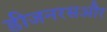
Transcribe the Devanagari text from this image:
डीजनरसऔर